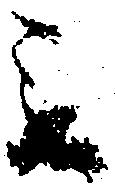
被